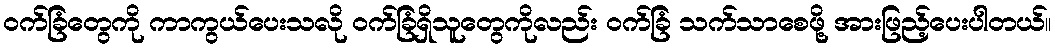
ဝက်ခြံတွေကို ကာကွယ်ပေးသလို ဝက်ခြံရှိသူတွေကိုလည်း ဝက်ခြံ သက်သာစေဖို့ အားဖြည့်ပေးပါတယ်။